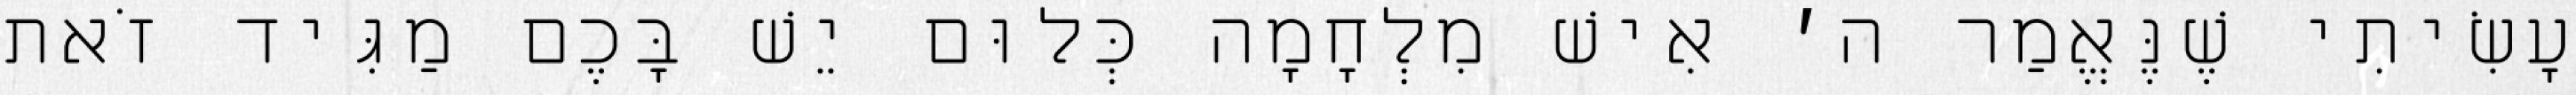
עָשִׂיתִי שֶׁנֶּאֱמַר ה׳ אִישׁ מִלְחָמָה כְּלוּם יֵשׁ בָּכֶם מַגִּיד זֹאת